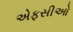
એફસીઓ